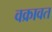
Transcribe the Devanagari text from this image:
वक्रावत